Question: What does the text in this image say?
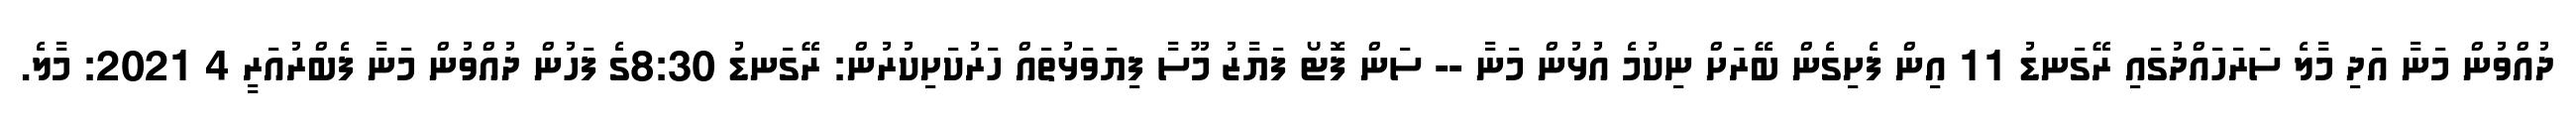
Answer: ދުއްވުން މަނާ އަދި މާލެ ސަރަހައްދުގައި ރޭގަނޑު 11 އިން ފެށިގެން ބޭރަށް ނިކުމެ އުޅުން މަނާ -- ސަން ފޮޓޯ ފަޔާޒު މޫސާ ފިޔަވަޅުތައް ހަރުކަށިކުރުން: ރޭގަނޑު 8:30ގެ ފަހުން ދުއްވުން މަނާ ފެބްރުއަރީ 4 2021: މާލެ.